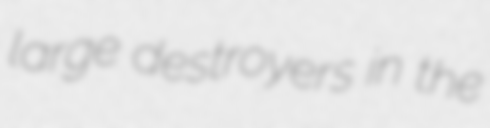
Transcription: large destroyers in the